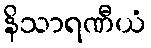
နိသာရဏီယံ